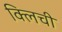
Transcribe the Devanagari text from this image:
क्लिची